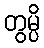
တွမ္ပိ